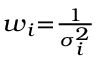
\scriptstyle w _ { i } = { \frac { 1 } { \sigma _ { i } ^ { 2 } } }